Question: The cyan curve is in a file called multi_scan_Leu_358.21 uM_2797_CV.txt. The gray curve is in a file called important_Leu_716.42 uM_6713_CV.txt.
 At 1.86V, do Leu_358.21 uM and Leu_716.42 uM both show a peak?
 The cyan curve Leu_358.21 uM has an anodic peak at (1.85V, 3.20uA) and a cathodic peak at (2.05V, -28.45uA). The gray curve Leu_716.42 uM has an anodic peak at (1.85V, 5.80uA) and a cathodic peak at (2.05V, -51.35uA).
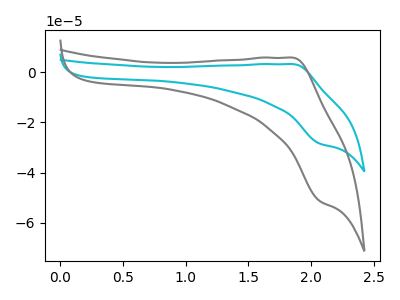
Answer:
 <answer>Yes, "Leu_358.21 uM" and "Leu_716.42 uM" share a peak at 1.86V.</answer>
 <eval>match</eval>